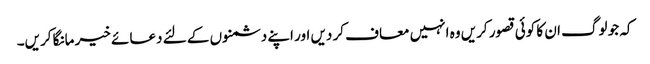
کہ جو لوگ ان کا کوئی قصور کریں وہ انہیں معاف کر دیں اور اپنے دشمنوں کے لئے دعائے خیر مانگا کریں۔